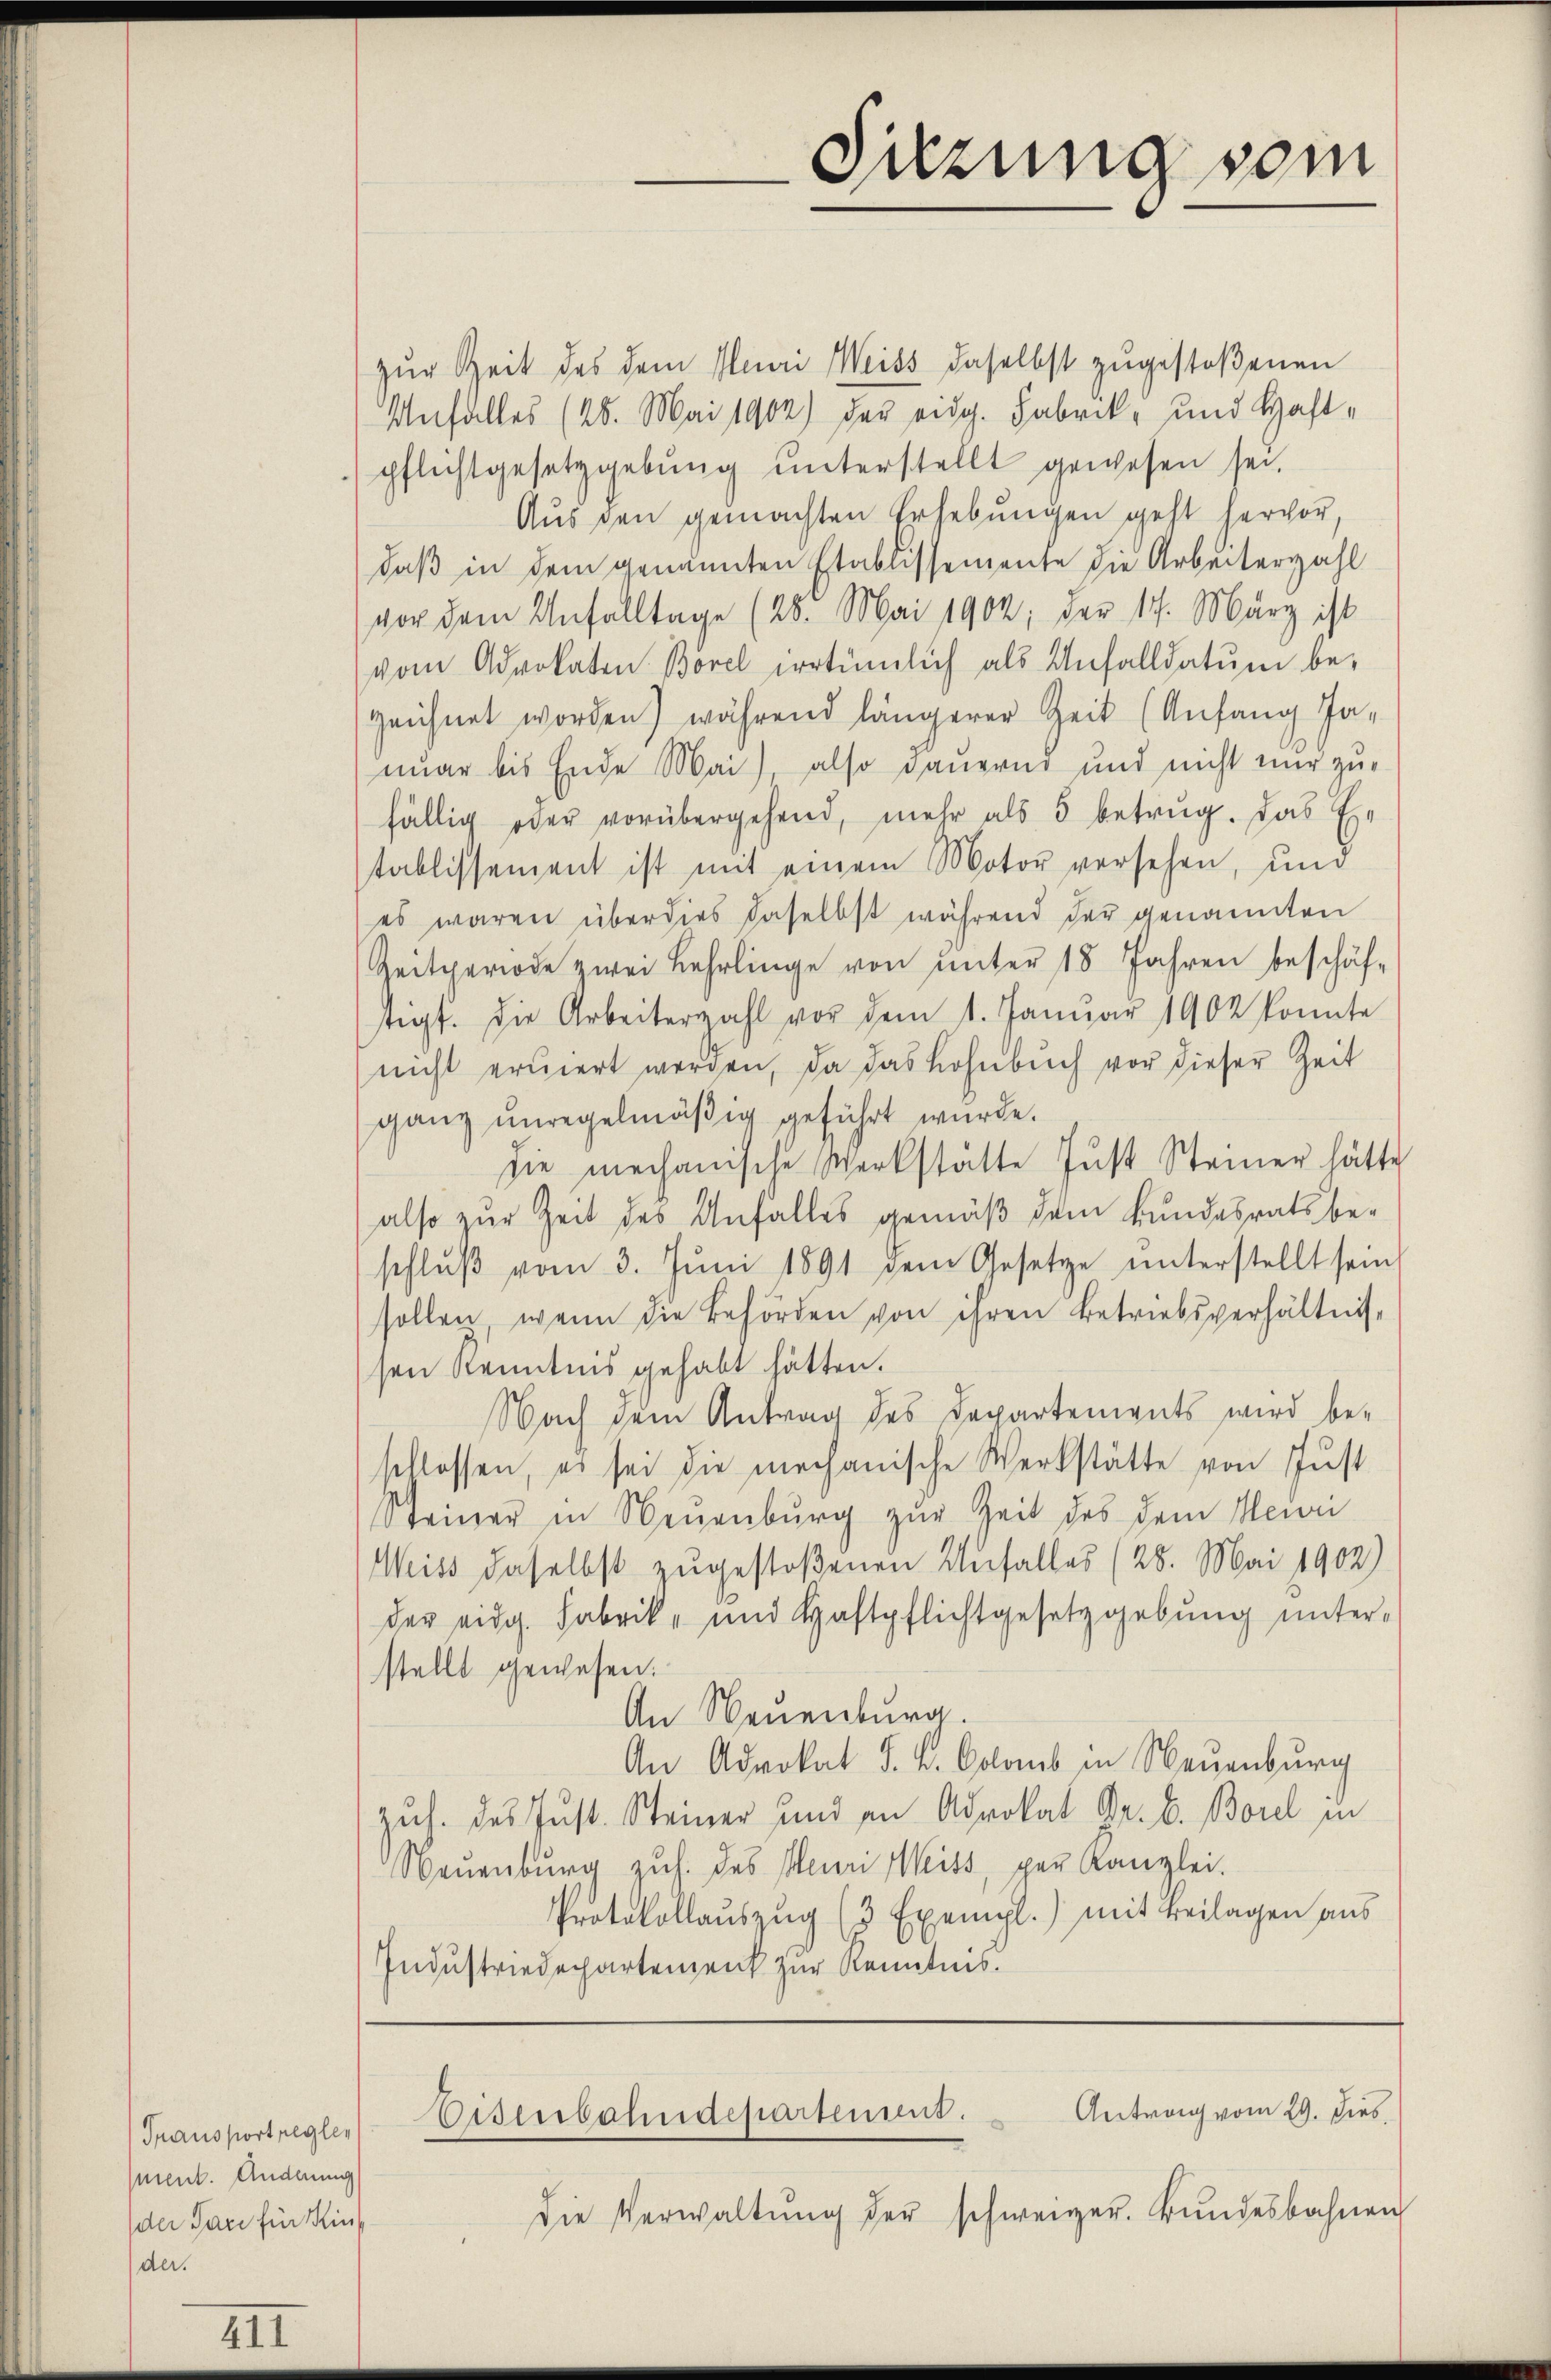
Transport regler
ment. Anderung
der Pare für Kinder.

III

zur Zeit des dem Mai Weiss daselbst zugestoßenen
Unfalles (48. Mai 1902) der eidg. Fabrik- und Haft-
pflichtgesetzgebŭng ŭnterstellt gewesen sei.
Aus den gemachten Erhebungen geht hervor,
daß in dem genannten Etablissemente die Arbeiterzahl
vor dem Unfalltage (28. Mai 1902, der 17. März ist
vom Advokaten Borel irrtümlich als Unfalldatum be-
zeichnet worden) während längerer Zeit (Anfang Ja-
mar bis Ende Mai), also dauernd und nicht nur zufällig oder vorübergehend, mehr als 5 betrug. Das Ertablissement ist mit einem Motor versehen, und
es waren über dies daselbst während der genannten
Zeitperiode zwei Lehrlinge von unter 18 Jahren beschäf-
tigt. Die Arbeiterzahl vor dem 1. Janŭar 1902 konnte
nicht eruiert werden, da das Lohnbuch vor dieser Zeit
ganz unregelmäßig geführt wurde.
die mechanische Werkstätte Just Steiner hätte
also zur Zeit des Anfalles gemäß dem Bundesrats beschlŭβ vom 3. Jŭni 1891 dem Gesetze unterstellt sein
sollen, wenn die Behörden von ihren Betriebsverhältnissen Kenntnis gehabt hätten.
Nach dem Antrag des Departements wird be-
schlossen, es sei die mechanische Werkstätte von Just
Steiner in Neuenburg zur Zeit des dem Mein
Weiss daselbst zugestoßenen Unfalles (28. Mai 1902)
der eidg. Fabrik- und Haftpflichtgesetzgebung unterstellt gewesen.
An Neuenburg.
An Advokat J. K. Colonis in Neuenburg
Zuh. des Just. Steiner und an Advokat Dr. C. Borel in
Neuenburg zŭh. des Meuri Weiss, per Kanzlei.
Protokollaŭszŭg (3 Exempl.) mit Beilagen aus
Industriedepartement zur Kenntnis.

Suzung som

die Verwaltŭng der schweizer. Bundesbahnen

Antrag vom 29. dies
Eisenbahndepartement.